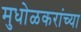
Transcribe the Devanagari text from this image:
मुधोळकरांच्या